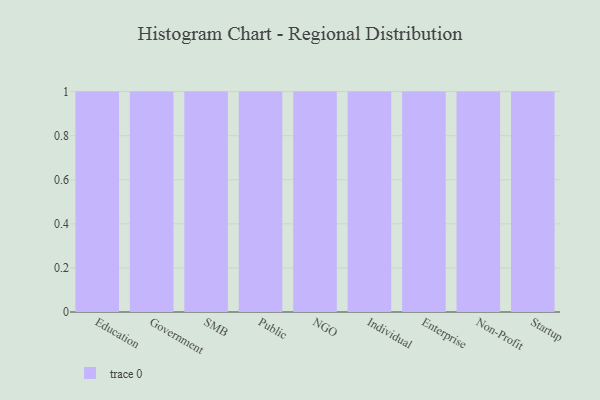
{"axis": {"x": "Segment", "y": "Operating Costs (USD K)"}, "legend": [""], "data": [{"x": "Education", "y": 38, "type": ""}, {"x": "Government", "y": 69, "type": ""}, {"x": "SMB", "y": 47, "type": ""}, {"x": "Public", "y": 61, "type": ""}, {"x": "NGO", "y": 94, "type": ""}, {"x": "Individual", "y": 95, "type": ""}, {"x": "Enterprise", "y": 18, "type": ""}, {"x": "Non-Profit", "y": 82, "type": ""}, {"x": "Startup", "y": 54, "type": ""}]}